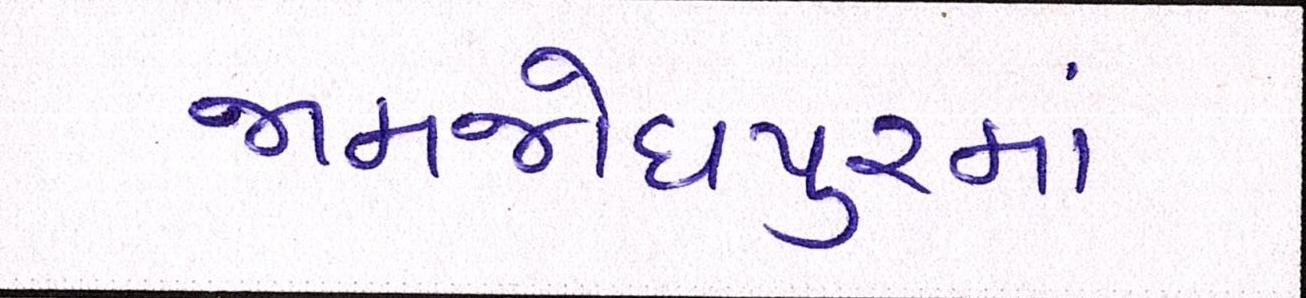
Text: જામજોધપુરમાં